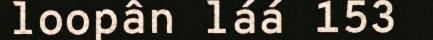
loopân láá 153